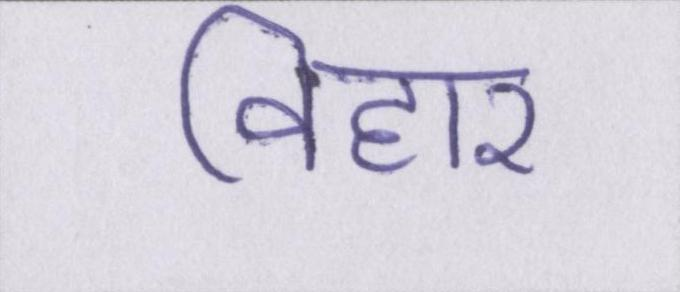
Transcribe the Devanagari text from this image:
विहार